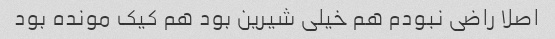
اصلا راضی نبودم هم خیلی شیرین بود هم کیک مونده بود